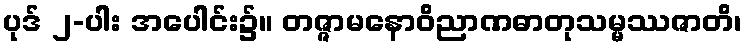
ပုဒ် ၂-ပါး အပေါင်း၌။ တဇ္ဇာမနောဝိညာဏဓာတုသမ္မဿဇာတိ၊